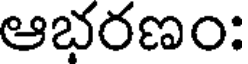
ఆభరణం: